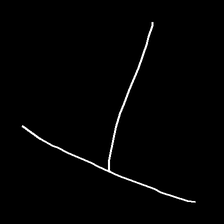
Glyph: column